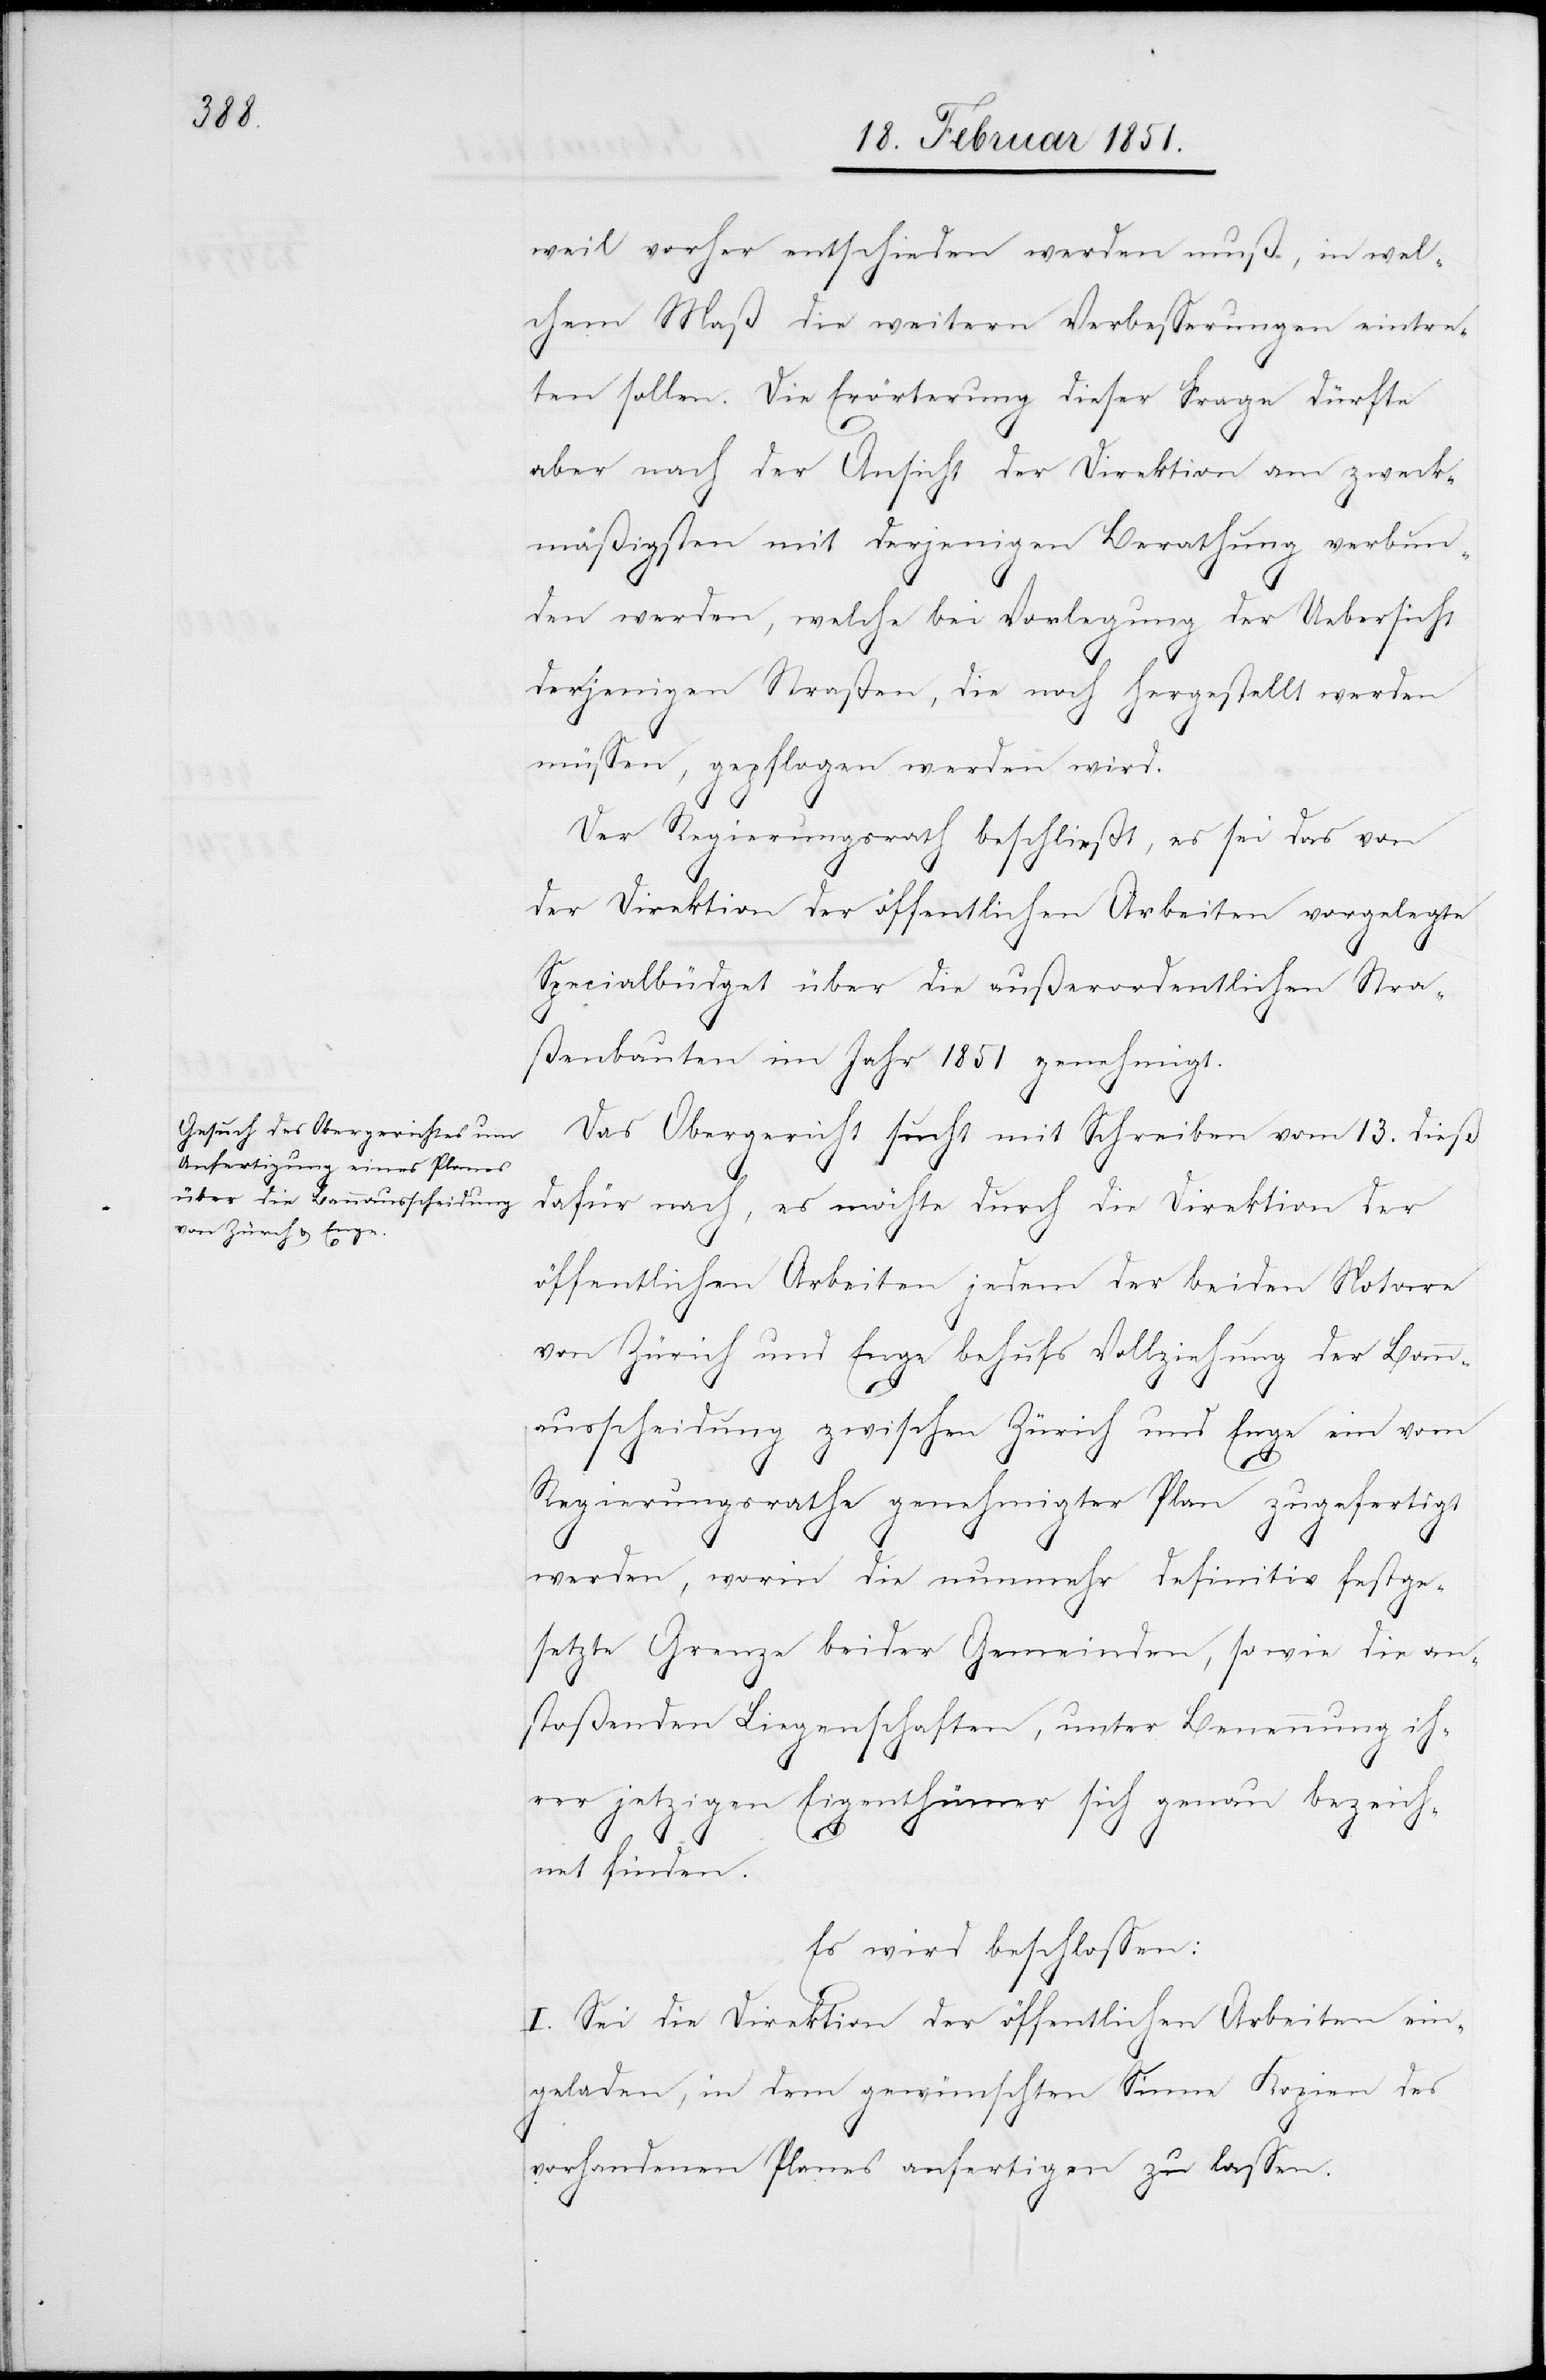
weil vorher entschieden werden muß, in wel¬
chem Maß die weitern Verbesserungen eintre¬
ten sollen. Die Erörterung dieser Frage dürfte
aber nach der Ansicht der Direktion am zweck¬
mäßigsten mit derjenigen Berathung verbun¬
den werden, welche bei Vorlegung der Uebersicht
derjenigen Straßen, die noch hergestellt werden
müssen, gepflogen werden wird.
Der Regierungsrath beschließt, es sei das von
der Direktion der öffentlichen Arbeiten vorgelegte
Specialbüdget über die außerordentlichen Stra¬
ßenbauten im Jahr 1851 genehmigt.
Das Obergericht sucht mit Schreiben vom 13. dieß
dafür nach, es möchte durch die Direktion der
öffentlichen Arbeiten jedem der beiden Notare
von Zürich und Enge behufs Vollziehung der Bann¬
ausscheidung zwischen Zürich und Enge ein vom
Regierungsrathe genehmigter Plan zugefertigt
werden, worin die nunmehr definitiv festge¬
setzte Grenze beider Gemeinden, so wie die an¬
stoßenden Liegenschaften, unter Benennung ihr¬
er jetzigen Eigenthümer sich genau bezeich¬
net finden.
Es wird beschlossen:
I. Sei die Direktion der öffentlichen Arbeiten ein¬
geladen, in dem gewünschten Sinne Kopien des
vorhandenen Planes anfertigen zu lassen.